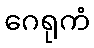
ဂေရုကံ